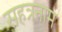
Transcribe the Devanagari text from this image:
सहत्रनाम